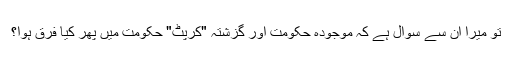
تو میرا اُن سے سوال ہے کہ موجودہ حکومت اور گزشتہ "کرپٹ" حکومت میں پھر کیا فرق ہوا؟